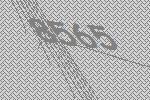
8565